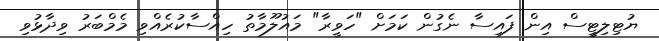
ޔުޓިލިޓީސް އިން ފައިސާ ނެގުން ކަމަށް "ހަވީރާ" މައުލޫމާތު ހިއްސާކުރެއްވި މެމްބަރު ވިދާޅުވި